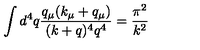
\int d ^ { 4 } q \frac { q _ { \mu } ( k _ { \mu } + q _ { \mu } ) } { ( k + q ) ^ { 4 } q ^ { 4 } } = \frac { \pi ^ { 2 } } { k ^ { 2 } }